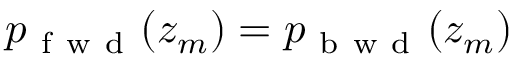
p _ { \mathrm { ~ f ~ w ~ d ~ } } ( z _ { m } ) = p _ { \mathrm { ~ b ~ w ~ d ~ } } ( z _ { m } )